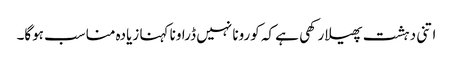
اتنی دہشت پھیلا رکھی ہے کہ کورونا نہیں ڈراونا کہنا زیادہ مناسب ہوگا۔